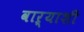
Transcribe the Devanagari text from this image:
वाऱ्याशी